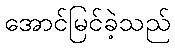
အောင်မြင်ခဲ့သည်